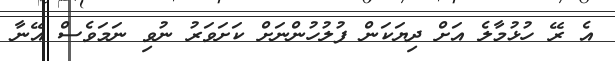
އެ ރޭ ހުޅުމާލެ އަށް ދިޔަކަން ފުލުހުންނަށް ކަށަވަރު ނުވި ނަމަވެސް އޭނާ